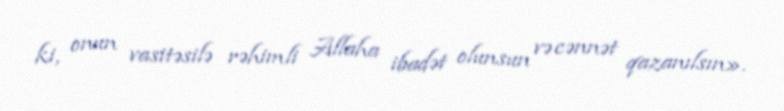
ki, onun vasitəsilə rəhimli Allaha ibadət olunsun və cənnət qazanılsın».